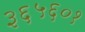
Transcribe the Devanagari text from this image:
३६५६०१